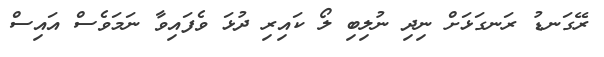
ރޭގަނޑު ރަނގަޅަށް ނިދި ނުލިބި ލޯ ކައިރި ދުޅަ ވެފައިވާ ނަމަވެސް އައިސް